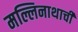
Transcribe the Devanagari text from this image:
मल्लिनाथाची